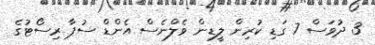
3 ދުވަސް 7 ގަޑި ކުރިން ލީޑިން ވެލްނެސް އެންޑް ސުޕާ ރިސޯޓުގެ